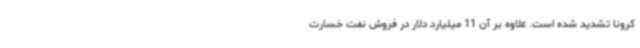
کرونا تشدید شده است. علاوه بر آن 11 میلیارد دلار در فروش نفت خسارت